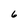
Character: 6